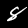
Digit: 8